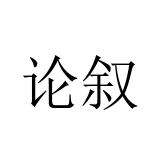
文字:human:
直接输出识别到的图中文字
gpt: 论叙